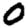
Digit: 0